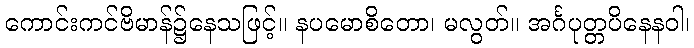
ကောင်းကင်ဗိမာန်၌နေသဖြင့်။ နပမောစိတော၊ မလွတ်။ အင်္ဂပုတ္တပိနေနဝါ၊